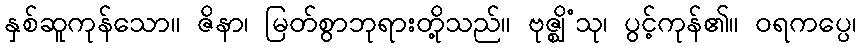
နှစ်ဆူကုန်သော။ ဇိနာ၊ မြတ်စွာဘုရားတို့သည်။ ဗုဇ္ဈိံသု၊ ပွင့်ကုန်၏။ ဝရကပ္ပေ၊